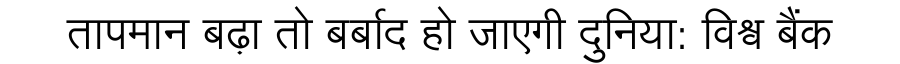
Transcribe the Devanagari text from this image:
तापमान बढ़ा तो बर्बाद हो जाएगी दुनिया: विश्व बैंक